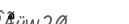
٨